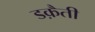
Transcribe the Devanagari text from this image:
डक़ैती